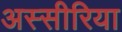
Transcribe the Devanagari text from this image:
अस्सीरिया